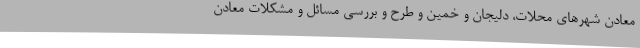
معادن شهرهای محلات، دلیجان و خمین و طرح و بررسی مسائل و مشکلات معادن